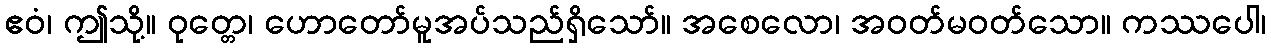
ဧဝံ၊ ဤသို့။ ဝုတ္တေ၊ ဟောတော်မူအပ်သည်ရှိသော်။ အစေလော၊ အဝတ်မဝတ်သော။ ကဿပေါ၊